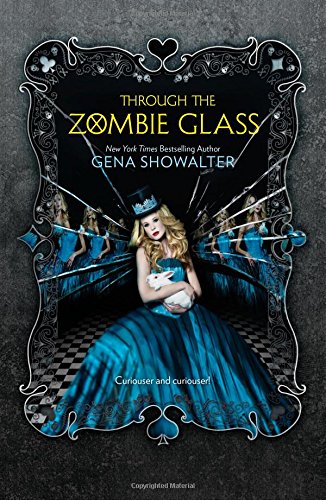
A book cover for Through the Zombie Glass (White Rabbit Chronicles); Gena Showalter; Teen & Young Adult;